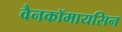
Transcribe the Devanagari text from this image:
वैनकॉमायसिन